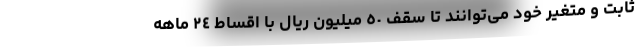
ثابت و متغیر خود می‌توانند تا سقف ٥٠ میلیون ریال با اقساط ٢٤ ماهه